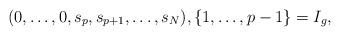
LaTeX: \begin{align*} (0,\dots,0,s_p,s_{p+1},\dots,s_{N}), \{1,\dots,p-1\} = I_g, \end{align*}